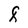
Character: F